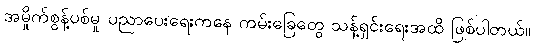
အမှိုက်စွန့်ပစ်မှု ပညာပေးရေးကနေ ကမ်းခြေတွေ သန့်ရှင်းရေးအထိ ဖြစ်ပါတယ်။